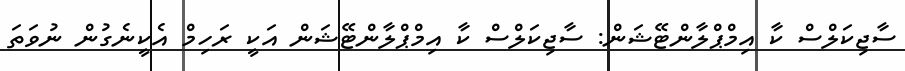
ސާޖިކަލްސް ކާ އިމްޕްލާންޓޭޝަން: ސާޖިކަލްސް ކާ އިމްޕްލާންޓޭޝަން އަކީ ރަހިމް އެކީނެގުން ނުވަތަ